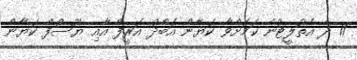
11 ދެ އެތުލީޓުން ކަމަށްވާ ކަޔާން އަބްދު އަރީފް އާއި ޔޫސުފް ކަޔާން